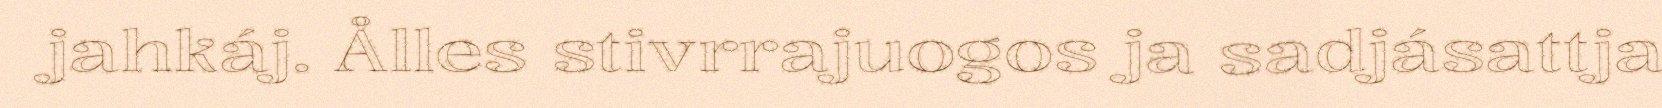
jahkáj. Ålles stivrrajuogos ja sadjásattja